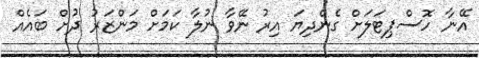
އޭނާ ހޮސްޕިޓަލަށް ގެންދިޔަ އިރު ނޭވާ ނުލާ ކަމަށް މަންޒަރު ދުށް ބައެއް